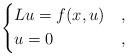
LaTeX: \begin{align*}\begin{dcases}Lu = f(x,u) & , \\u = 0 & ,\end{dcases}\end{align*}